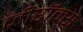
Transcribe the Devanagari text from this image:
ज़ीरॉक्स